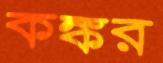
কঙ্কর